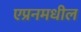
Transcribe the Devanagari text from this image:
एप्रनमधील